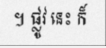
។ ផ្លូវ នេះ ក៏